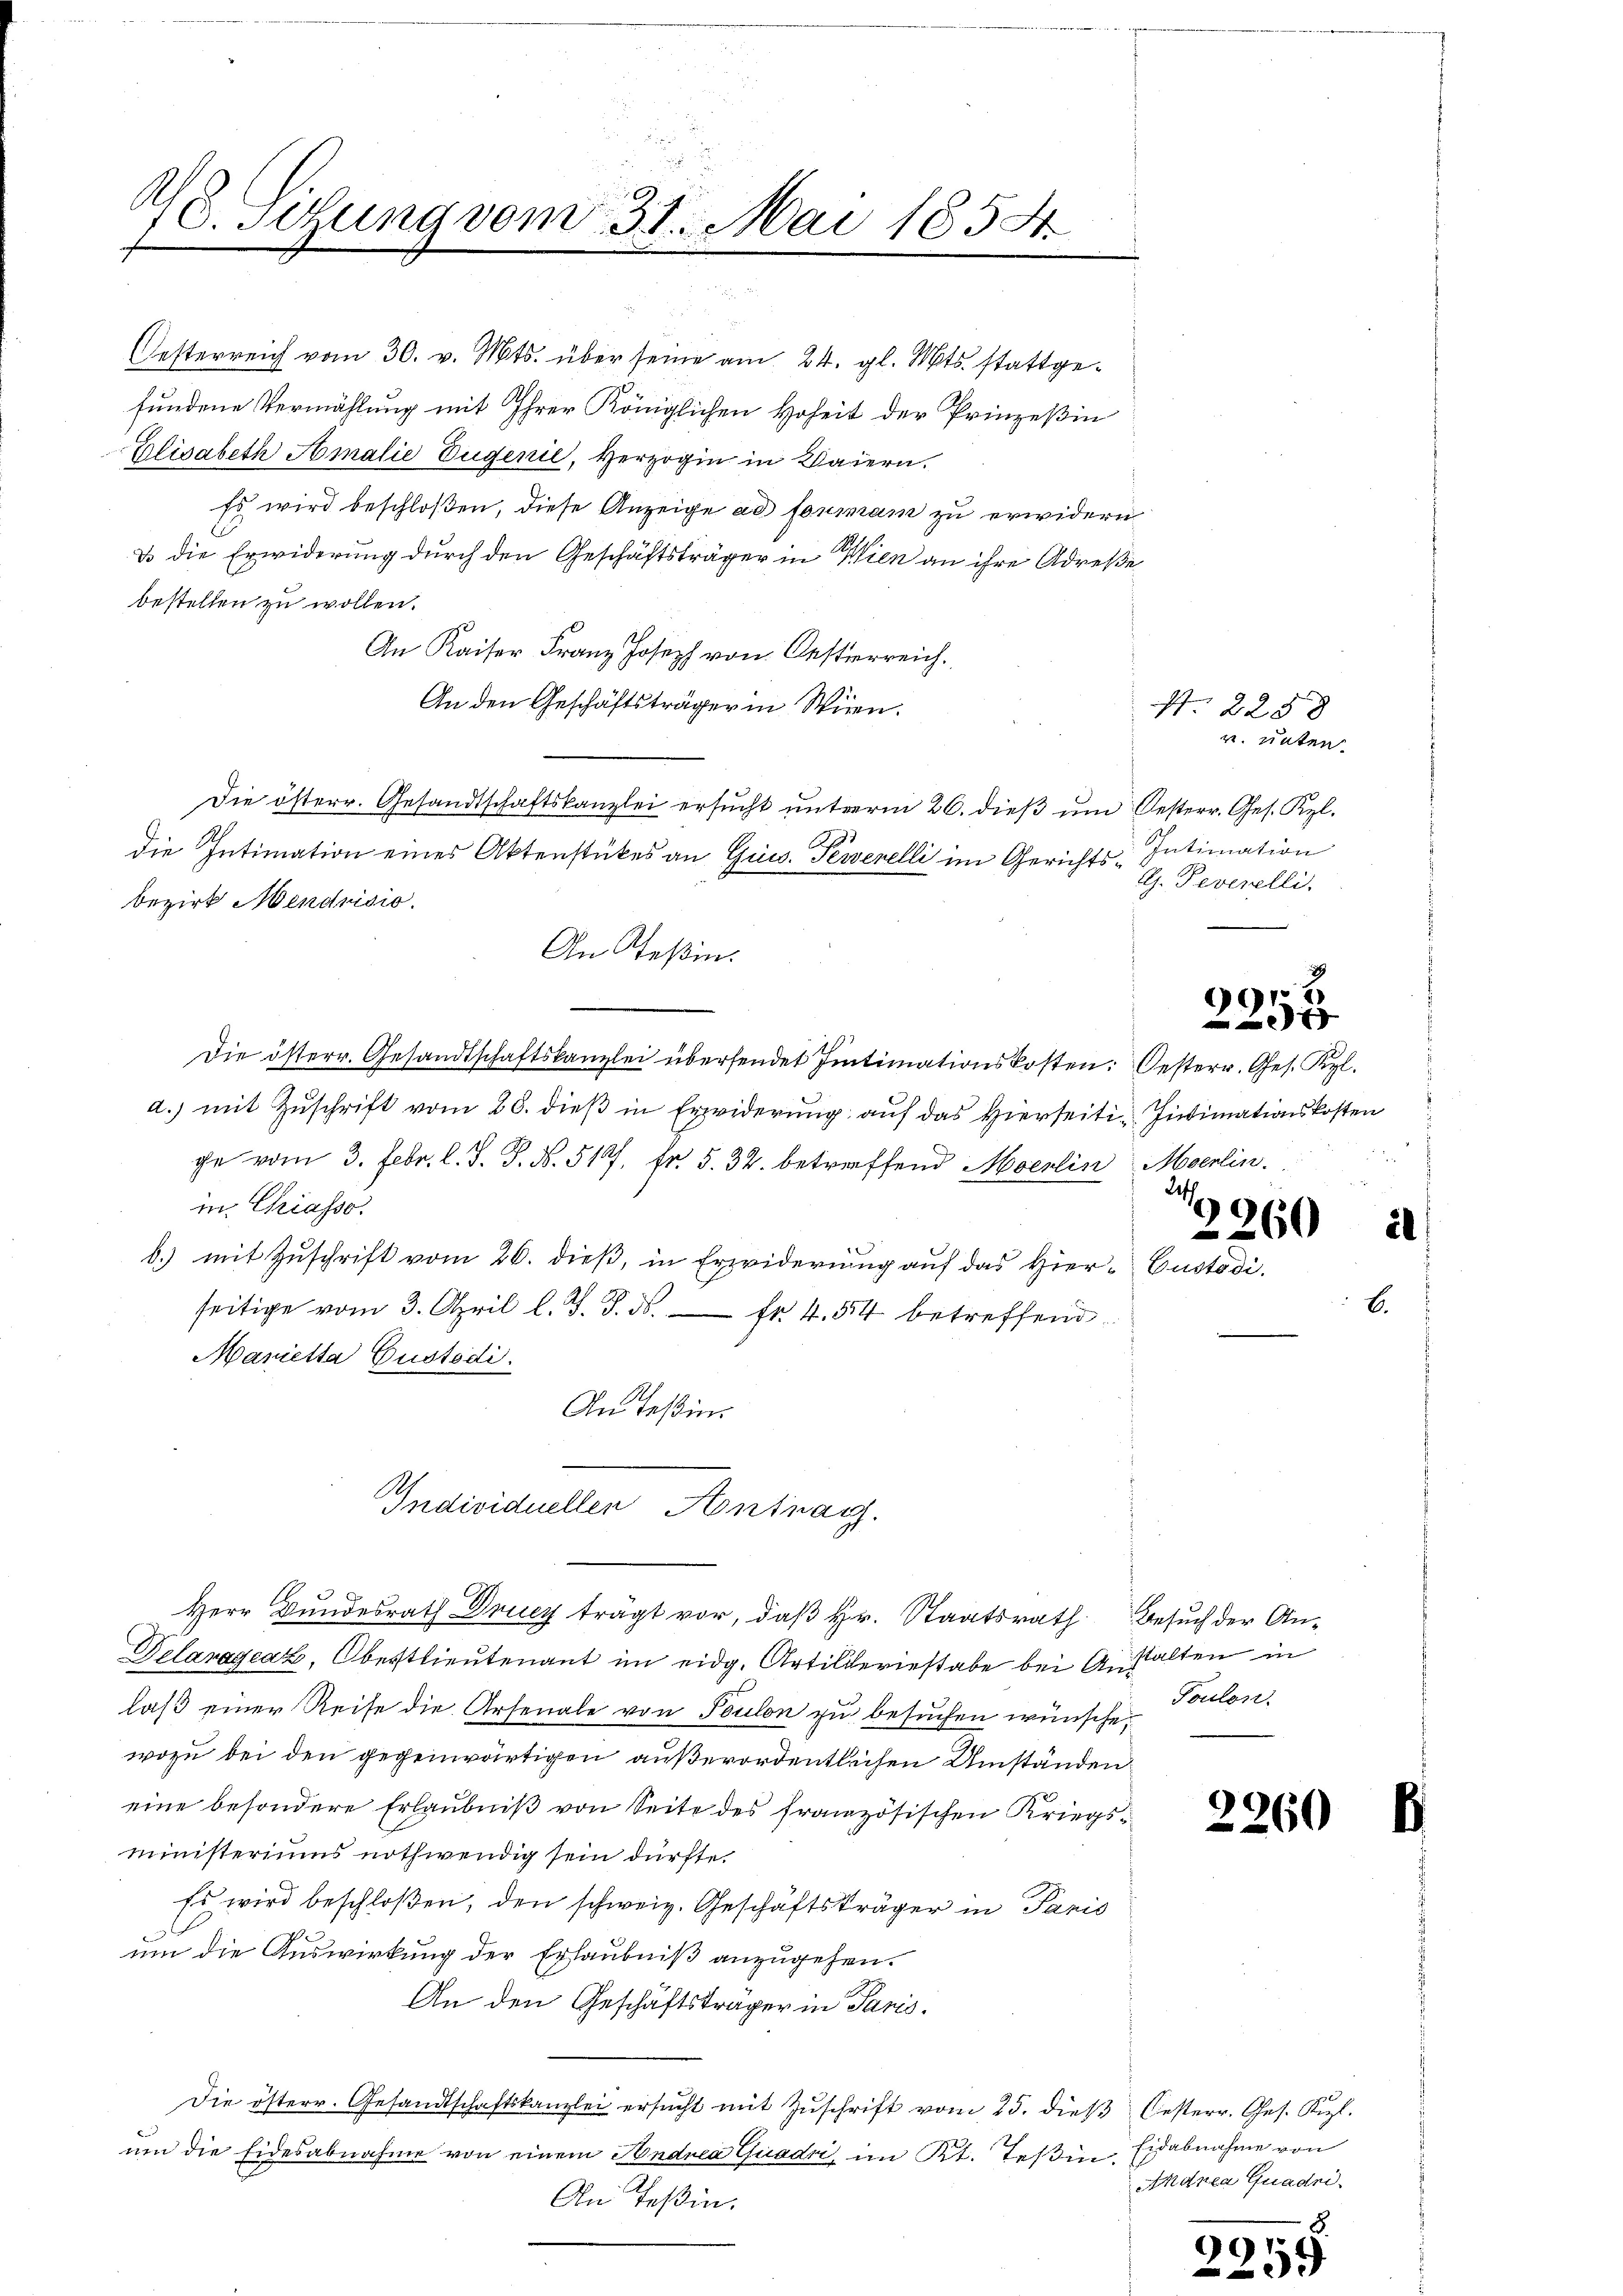
78. Setzung vom 31. Mai 1858.

Oesterreich vom 30. v. Mts. über seine am 24. gl. Mts. stattgefundene Vermählung mit Ihrer Königlichen Hoheit der Prinzeßin
Elisabeth Amalie Jugenie, Herzogin in Waiern.
Es wird beschloßen, diese Anzeige ad formam zu erwidern
u die Erwiderung durch den Geschäftsträger in Wien an ihre Adresse
bestellen zu wollen.
An Kaiser Franz Joseph von Oesterreich.
An den Geschäftsträger in Wien.
Die österr. Gesandtschaftskanzlei ersucht unterm 26. dieß um Oesterr. Ges. Kgl.
die Intimation eines Aktenstückes an Guc. Tewerelli im Gerichts Intimation
bezirk Mendrisio
An Teßin.
Die österr. Gesandtschaftskanzlei übersendet Intimationskosten: Oesterr. Ges. Kgl.
a.) mit Zŭschrift vom 26. dieβ in Erwiderŭng auf das Hierseiti-Intimationskosten
che vom 3. Febr. l. J. J. N. 517, Fr. 5. 32. betreffend Moerlin Moenlin.
in Chriasso.
b.) mit Zuschrift vom 26. dieß, in Erwiderung auf das Hier-Custodi.
seitige vom 3. April l. J. J. ds. fr. 454 betreffend
Marietta Gustodi.
An Teßin.
Individuellen Antrag.
Herr Bundesrath Drucz trägt vor, daß Hr. Staatsrath Besuch der An¬
Delaragraz, Oberstlieutenant im eidg. Artilleriestabe bei Anstalten in
laß einer Reise die Arsenale von Toulon zu besuchen wünsche,
wozu bei den gegenwärtigen außerordentlichen Umständen
eine besondere Erlaubniß von Seite des französischen Kriegsministeriums nothwendig sein dürfte
Es wird beschloßen, den schweiz. Geschäftsträger in Paris
um die Auswirkung der Erlaubniß anzugehen.
An den Geschäftsträger in Paris.
Die österr. Gesandtschaftskanzlei ersŭcht mit Zŭschrift vom 25. dieβ besterr. Ges. Kizl.
um die Eidesabnahme von einem Andrea Quadri, im Kt. Teßin.
An Teßin.

N 2258
u. unten.
A. Peverelli,

2258

2
99

260

Toulon.

2260

Eidabnahme von
Andrea Guadni

x
99154
m
5

2

.